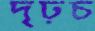
দৃঢ়চ